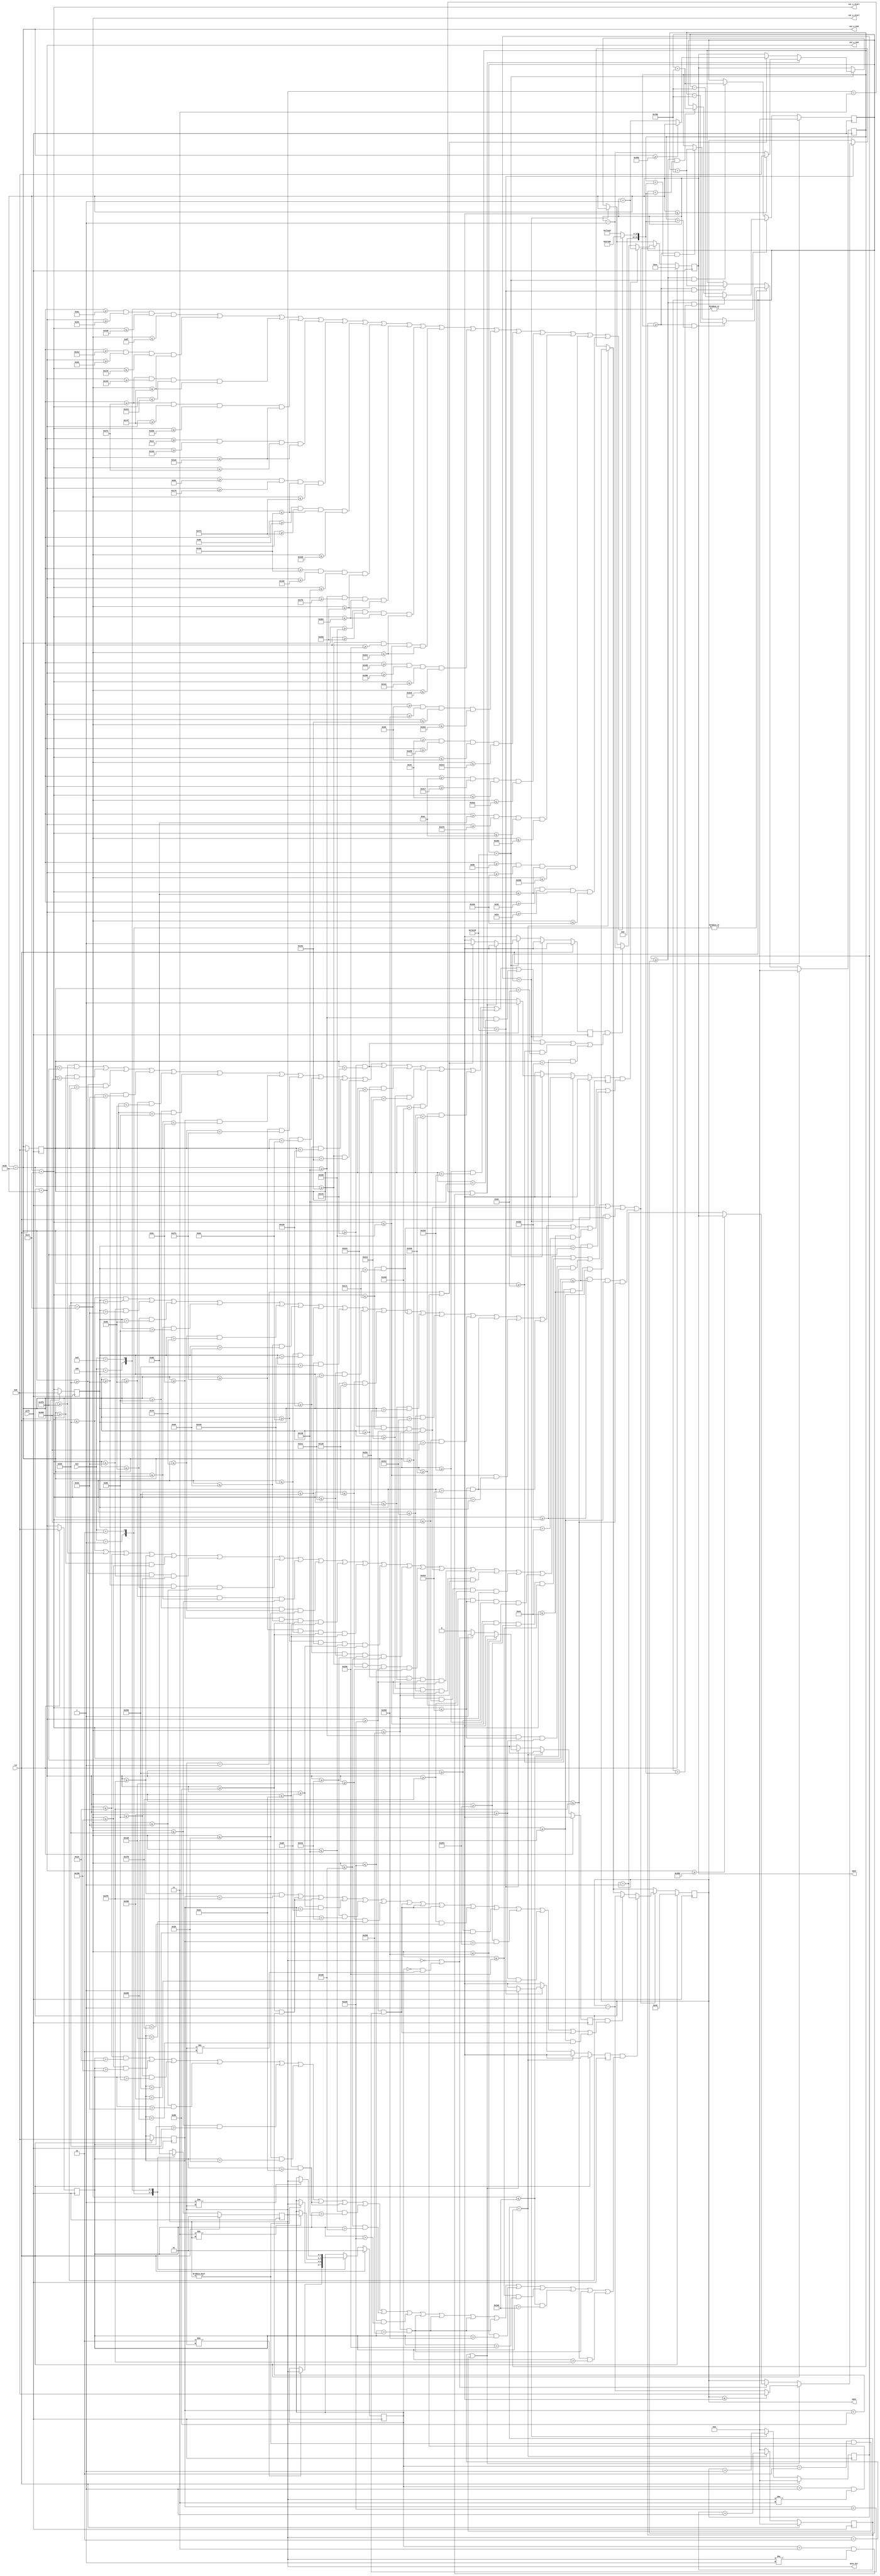
`timescale 1ns / 1ps

module car_ctl(
    input wire pclk,
    input wire rst,
    input wire [3:0] key,
    output reg [10:0] xpos,
    output reg [10:0] ypos,
    output reg [1:0] move_dir,
    output wire [10:0] car_x_start, 
    output wire [10:0] car_x_end,
    output wire [10:0] car_y_start, 
    output wire [10:0] car_y_end
);

localparam CAR_WIDTH = 64;
localparam CAR_LENGTH = 64;
localparam SCREEN_WIDTH = 1024;
localparam SCREEN_LENGTH = 768;
localparam TILE_SIZE = 16;

localparam KEY_UP = 4'b0001;
localparam KEY_DOWN = 4'b0010;
localparam KEY_LEFT = 4'b0100;
localparam KEY_RIGHT = 4'b1000;

localparam DIR_DOWN = 2'b00;
localparam DIR_RIGHT = 2'b01;
localparam DIR_LEFT = 2'b11;
localparam DIR_UP = 2'b10;

localparam DELAY_MIN = 160000;
localparam DELAY_STEP = 2000;
localparam DELAY_SLOWED = 490000;
localparam DELAY_MAX = 500000;


reg [23:0] delay_min = 160000;
reg [10:0] xpos_nxt = 236, ypos_nxt = 70;
reg [2:0] state, state_nxt;
reg [23:0] xtimer, xtimer_nxt, ytimer, ytimer_nxt;
reg [23:0] xdelay, xdelay_nxt, ydelay, ydelay_nxt;
reg [1:0] move_dir_nxt, move_dir_prev, move_dir_prev_nxt;
reg [10:0] car_x_start_prev, car_x_end_prev, car_y_start_prev, car_y_end_prev;
reg moving_down, moving_up, moving_left, moving_right;
reg moving_down_nxt, moving_up_nxt, moving_left_nxt, moving_right_nxt;

assign car_x_start = xpos + 20;
assign car_y_start = ypos + 20;
assign car_x_end = xpos + 43;
assign car_y_end = ypos + 43;

always @(posedge pclk)
if(rst)
begin
    xpos <= 236;
    ypos <= 70;
    xtimer <= 0;
    ytimer <= 0;
    move_dir <= DIR_RIGHT;
    move_dir_prev <= DIR_RIGHT;
    xdelay <= 0;
    ydelay <= 0;
    car_x_start_prev <= 0;
    car_x_end_prev <= 0;
    car_y_start_prev <= 0;
    car_y_end_prev <= 0;
    moving_right <= 0;
    moving_left <= 0;
    moving_down <= 0;
    moving_up <= 0;
end
else
begin
    xpos <= xpos_nxt;
    ypos <= ypos_nxt;
    xtimer <= xtimer_nxt;
    ytimer <= ytimer_nxt;
    move_dir <= move_dir_nxt;
    move_dir_prev <= move_dir_prev_nxt;
    xdelay <= xdelay_nxt;
    ydelay <= ydelay_nxt;
    car_x_start_prev <= car_x_start;
    car_x_end_prev <= car_x_end;
    car_y_start_prev <= car_y_start;
    car_y_start_prev <= car_y_end;
    moving_right <= moving_right_nxt;
    moving_left <= moving_left_nxt;
    moving_down <= moving_down_nxt;
    moving_up <= moving_up_nxt;
end

always @*
begin
    move_dir_nxt = move_dir;
    move_dir_prev_nxt = move_dir_prev;
    xpos_nxt = xpos;
    ypos_nxt = ypos;
    xdelay_nxt = xdelay;
    ydelay_nxt = ydelay;

    moving_left_nxt = 0;
    moving_right_nxt = 0;
    moving_down_nxt = 0;
    moving_up_nxt = 0;

    
    if(xtimer < xdelay) xtimer_nxt = xtimer + 1;
    else
    begin
        xtimer_nxt = 0;
        if(xdelay < DELAY_MAX)
        begin
            if ((move_dir == DIR_LEFT) || ((move_dir_prev == DIR_LEFT)  && (move_dir != DIR_RIGHT)))
            begin
                xpos_nxt = (xpos <= 0) ? 0 : (xpos - 1);
                moving_left_nxt = 1;
            end
            else if ((move_dir == DIR_RIGHT) || ((move_dir_prev == DIR_RIGHT) && move_dir != DIR_LEFT))
            begin
                xpos_nxt = (car_x_end >= SCREEN_WIDTH) ? xpos : (xpos + 1);
                moving_right_nxt = 1;
            end
        end
    end

    if(ytimer < ydelay) ytimer_nxt = ytimer + 1;
    else
    begin
        ytimer_nxt = 0;
        if(ydelay < DELAY_MAX)
        begin
            if ((move_dir == DIR_UP) || ((move_dir_prev == DIR_UP) && (move_dir != DIR_DOWN)))
            begin
                ypos_nxt = (ypos <= 0) ? 0 : ypos - 1;
                moving_up_nxt = 1;
            end
            else if ((move_dir == DIR_DOWN) || ((move_dir_prev == DIR_DOWN) && (move_dir != DIR_UP)))
            begin
                ypos_nxt = (car_y_end >= SCREEN_LENGTH) ? xpos : ypos + 1;
                moving_down_nxt = 1;
            end
        end
    end

    if( (car_x_end >= 110  && car_y_end >= 70  && car_x_start <= 825 && car_y_start <= 143) || //track coords
        (car_x_end >= 786  && car_y_end >= 85  && car_x_start <= 880 && car_y_start <= 335) ||
        (car_x_end >= 625  && car_y_end >= 260 && car_x_start <= 788 && car_y_start <= 335) ||
        (car_x_end >= 625  && car_y_end >= 335 && car_x_start <= 702 && car_y_start <= 430) ||
        (car_x_end >= 206  && car_y_end >= 356 && car_x_start <= 625 && car_y_start <= 430) ||
        (car_x_end >= 182  && car_y_end >= 372 && car_x_start <= 270 && car_y_start <= 500) ||
        (car_x_end >= 208  && car_y_end >= 500 && car_x_start <= 270 && car_y_start <= 555) ||
        (car_x_end >= 270  && car_y_end >= 478 && car_x_start <= 304 && car_y_start <= 594) ||
        (car_x_end >= 304  && car_y_end >= 506 && car_x_start <= 948 && car_y_start <= 594) ||
        (car_x_end >= 824  && car_y_end >= 594 && car_x_start <= 948 && car_y_start <= 750) ||
        (car_x_end >= 268  && car_y_end >= 666 && car_x_start <= 824 && car_y_start <= 750) ||
        (car_x_end >= 262  && car_y_end >= 640 && car_x_start <= 300 && car_y_start <= 675) ||
        (car_x_end >= 235  && car_y_end >= 608 && car_x_start <= 268 && car_y_start <= 746) ||
        (car_x_end >= 200  && car_y_end >= 568 && car_x_start <= 235 && car_y_start <= 707) ||
        (car_x_end >= 172  && car_y_end >= 535 && car_x_start <= 200 && car_y_start <= 674) ||
        (car_x_end >= 141  && car_y_end >= 502 && car_x_start <= 172 && car_y_start <= 642) ||
        (car_x_end >= 86   && car_y_end >= 560 && car_x_start <= 141 && car_y_start <= 614) ||
        (car_x_end >= 56   && car_y_end >= 84  && car_x_start <= 141 && car_y_start <= 560)
    )  delay_min = DELAY_MIN;
    else delay_min = DELAY_SLOWED;

    if( (car_x_start <= (TILE_SIZE * 3)) || (car_x_end >= (SCREEN_WIDTH - TILE_SIZE)) || (car_y_start <= TILE_SIZE) || //objects you can't go through
        (car_y_end >= (SCREEN_LENGTH - TILE_SIZE)) || (car_x_end >= 912 && car_y_start <= 400)                      || 
        (car_x_end >= 48 && car_x_start <= 64 && car_y_start <= 96)                                                 || 
        (car_x_end >= 64 && car_x_start <= 80 && car_y_start <= 64)                                                 || 
        (car_x_end >= 80 && car_x_start <= 96 && car_y_start <= 48)                                                 || 
        (car_x_end >= 96 && car_x_start <= 112 && car_y_start <= 32)                                                || 
        (car_x_end >= 140  && car_x_start <= 168 && car_y_end >= 136 && car_y_start <= 164)                         ||
        (car_x_end >= 764  && car_x_start <= 792 && car_y_end >= 136 && car_y_start <= 164)                         ||
        (car_x_end >= 176  && car_x_start <= 592 && car_y_end >= 160 && car_y_start <= 304)                         ||
        (car_x_end >= 480  && car_x_start <= 540 && car_y_end >= 332 && car_y_start <= 352)                         ||
        (car_x_end >= 268  && car_x_start <= 294 && car_y_end >= 424 && car_y_start <= 488)                         ||
        (car_x_end >= 324  && car_x_start <= 380 && car_y_end >= 488 && car_y_start <= 512)                         ||
        (car_x_end >= 548  && car_x_start <= 604 && car_y_end >= 488 && car_y_start <= 512)                         ||
        (car_x_end >= 740  && car_x_start <= 796 && car_y_end >= 488 && car_y_start <= 512)                         ||
        (car_x_end >= 832  && car_x_start <= 912 && car_y_end >= 496 && car_y_start <= 512)                         ||
        (car_x_end >= 336  && car_x_start <= 784 && car_y_end >= 592 && car_y_start <= 608)                         ||
        (car_x_end >= 800  && car_x_start <= 824 && car_y_end >= 596 && car_y_start <= 666)                         ||
        (car_x_end >= 304  && car_x_start <= 784 && car_y_end >= 656 && car_y_start <= 672)                         ||
        (car_x_end >= 324  && car_x_start <= 380 && car_y_end >= 488 && car_y_start <= 512)                         ||
        (car_x_end >= 50   && car_x_start <= 234 && car_y_end >= 720 && car_y_start <= 752)                         ||
        (car_x_end >= 946  && car_x_start <= 1008 && car_y_end >= 720 && car_y_start <= 752) ) 
    begin
        if(moving_left && (((car_x_start <= (TILE_SIZE * 3)) && (car_x_start_prev > (TILE_SIZE * 3))) || 
            ((car_x_start <= 64)   && (car_x_start_prev > 64))  ||
            ((car_x_start <= 80)   && (car_x_start_prev > 80))  ||
            ((car_x_start <= 96)   && (car_x_start_prev > 96))  ||
            ((car_x_start <= 112)  && (car_x_start_prev > 112)) ||
            ((car_x_start <= 168)  && (car_x_start_prev > 168)) || 
            ((car_x_start <= 792)  && (car_x_start_prev > 792)) ||
            ((car_x_start <= 592)  && (car_x_start_prev > 592)) ||
            ((car_x_start <= 540)  && (car_x_start_prev > 540)) ||
            ((car_x_start <= 294)  && (car_x_start_prev > 294)) ||
            ((car_x_start <= 380)  && (car_x_start_prev > 380)) ||
            ((car_x_start <= 604)  && (car_x_start_prev > 604)) ||
            ((car_x_start <= 796)  && (car_x_start_prev > 796)) ||
            ((car_x_start <= 912)  && (car_x_start_prev > 912)) ||
            ((car_x_start <= 784)  && (car_x_start_prev > 784)) ||
            ((car_x_start <= 824)  && (car_x_start_prev > 824)) ||
            ((car_x_start <= 784)  && (car_x_start_prev > 784)) ||
            ((car_x_start <= 380)  && (car_x_start_prev > 380)) ||
            ((car_x_start <= 234)  && (car_x_start_prev > 234)) ||
            ((car_x_start <= 1008) && (car_x_start_prev > 1008))
        )) xpos_nxt = xpos + 1;
        else if(moving_right && (
            ((car_x_end >= (SCREEN_WIDTH - TILE_SIZE)) && (car_x_end_prev < (SCREEN_WIDTH - TILE_SIZE))) || 
            ((car_x_end >= 912) && (car_x_end_prev < 912)) ||
            ((car_x_end >= 48 ) && (car_x_end_prev < 48 )) ||
            ((car_x_end >= 64 ) && (car_x_end_prev < 64 )) ||
            ((car_x_end >= 80 ) && (car_x_end_prev < 80 )) ||
            ((car_x_end >= 96 ) && (car_x_end_prev < 96 )) ||
            ((car_x_end >= 140) && (car_x_end_prev < 140)) ||
            ((car_x_end >= 764) && (car_x_end_prev < 764)) ||
            ((car_x_end >= 176) && (car_x_end_prev < 176)) ||
            ((car_x_end >= 480) && (car_x_end_prev < 480)) ||
            ((car_x_end >= 268) && (car_x_end_prev < 268)) ||
            ((car_x_end >= 324) && (car_x_end_prev < 324)) ||
            ((car_x_end >= 548) && (car_x_end_prev < 548)) ||
            ((car_x_end >= 740) && (car_x_end_prev < 740)) ||
            ((car_x_end >= 832) && (car_x_end_prev < 832)) ||
            ((car_x_end >= 336) && (car_x_end_prev < 336)) ||
            ((car_x_end >= 800) && (car_x_end_prev < 800)) ||
            ((car_x_end >= 304) && (car_x_end_prev < 304)) ||
            ((car_x_end >= 324) && (car_x_end_prev < 324)) ||
            ((car_x_end >= 50 ) && (car_x_end_prev < 50 )) ||
            ((car_x_end >= 946) && (car_x_end_prev < 946))
        )) xpos_nxt = xpos - 1;
        if (moving_up && ( 
            ((car_y_start <= TILE_SIZE) && (car_y_start_prev > TILE_SIZE)) ||
            ((car_y_start <= 400) && (car_y_start_prev > 400))       || 
            ((car_y_start <= 96)  && (car_y_start_prev > 96) )       ||
            ((car_y_start <= 64)  && (car_y_start_prev > 64) )       ||
            ((car_y_start <= 48)  && (car_y_start_prev > 48) )       ||
            ((car_y_start <= 32)  && (car_y_start_prev > 32) )       ||
            ((car_y_start <= 164) && (car_y_start_prev > 164))       ||
            ((car_y_start <= 164) && (car_y_start_prev > 164))       ||
            ((car_y_start <= 304) && (car_y_start_prev > 304))       ||
            ((car_y_start <= 352) && (car_y_start_prev > 352))       ||
            ((car_y_start <= 488) && (car_y_start_prev > 488))       ||
            ((car_y_start <= 512) && (car_y_start_prev > 512))       ||
            ((car_y_start <= 512) && (car_y_start_prev > 512))       ||
            ((car_y_start <= 512) && (car_y_start_prev > 512))       ||
            ((car_y_start <= 512) && (car_y_start_prev > 512))       ||
            ((car_y_start <= 608) && (car_y_start_prev > 608))       ||
            ((car_y_start <= 666) && (car_y_start_prev > 666))       ||
            ((car_y_start <= 672) && (car_y_start_prev > 672))       ||
            ((car_y_start <= 512) && (car_y_start_prev > 512))       ||
            ((car_y_start <= 752) && (car_y_start_prev > 752))
        )) ypos_nxt = ypos + 1;
        else if(moving_down && (
            ((car_y_end >= (SCREEN_LENGTH - TILE_SIZE)) && (car_y_end_prev < (SCREEN_LENGTH - TILE_SIZE))) ||
            ((car_y_end >= 136) && (car_y_end_prev < 136)) ||
            ((car_y_end >= 136) && (car_y_end_prev < 136)) ||
            ((car_y_end >= 160) && (car_y_end_prev < 160)) ||
            ((car_y_end >= 332) && (car_y_end_prev < 332)) ||
            ((car_y_end >= 424) && (car_y_end_prev < 424)) ||
            ((car_y_end >= 488) && (car_y_end_prev < 488)) ||
            ((car_y_end >= 488) && (car_y_end_prev < 488)) ||
            ((car_y_end >= 488) && (car_y_end_prev < 488)) ||
            ((car_y_end >= 496) && (car_y_end_prev < 496)) ||
            ((car_y_end >= 592) && (car_y_end_prev < 592)) ||
            ((car_y_end >= 596) && (car_y_end_prev < 596)) ||
            ((car_y_end >= 656) && (car_y_end_prev < 656)) ||
            ((car_y_end >= 488) && (car_y_end_prev < 488)) ||
            ((car_y_end >= 720) && (car_y_end_prev < 720))
        )) ypos_nxt = ypos - 1;
    end

    case (key)
        KEY_UP:
        begin
            move_dir_nxt = DIR_UP;
            if(move_dir_nxt != move_dir) move_dir_prev_nxt = move_dir;
            if((ytimer >= ydelay) && (ydelay > delay_min)) ydelay_nxt = ydelay - DELAY_STEP;
            else if((ytimer >= ydelay) && (ydelay < delay_min)) ydelay_nxt = ydelay + DELAY_STEP;
            if((xtimer >= xdelay) && (xdelay < DELAY_MAX)) xdelay_nxt = xdelay + DELAY_STEP;
        end
        KEY_DOWN:
        begin
            move_dir_nxt = DIR_DOWN;
            if(move_dir_nxt != move_dir) move_dir_prev_nxt = move_dir;
            if((ytimer >= ydelay) && (ydelay > delay_min)) ydelay_nxt = ydelay - DELAY_STEP;
            else if((ytimer >= ydelay) && (ydelay < delay_min)) ydelay_nxt = ydelay + DELAY_STEP;
            if((xtimer >= xdelay) && (xdelay < DELAY_MAX)) xdelay_nxt = xdelay + DELAY_STEP;
        end
        KEY_LEFT:
        begin
            move_dir_nxt = DIR_LEFT;
            if(move_dir_nxt != move_dir) move_dir_prev_nxt = move_dir;
            if((xtimer >= xdelay) && (xdelay > delay_min)) xdelay_nxt = xdelay - DELAY_STEP;
            else if((xtimer >= xdelay) && (xdelay < delay_min)) xdelay_nxt = xdelay + DELAY_STEP;
            if((ytimer >= ydelay) && (ydelay < DELAY_MAX)) ydelay_nxt = ydelay + DELAY_STEP;
        end
        KEY_RIGHT:
        begin
            move_dir_nxt = DIR_RIGHT;
            if(move_dir_nxt != move_dir) move_dir_prev_nxt = move_dir;
            if((xtimer >= xdelay) && (xdelay > delay_min)) xdelay_nxt = xdelay - DELAY_STEP;
            else if((xtimer >= xdelay) && (xdelay < delay_min)) xdelay_nxt = xdelay + DELAY_STEP;
            if((ytimer >= ydelay) && (ydelay < DELAY_MAX)) ydelay_nxt = ydelay + DELAY_STEP;
        end
        default:
        begin
            move_dir_prev_nxt = move_dir_prev;
            move_dir_nxt = move_dir;
            if((xtimer >= xdelay) && (xdelay < DELAY_MAX)) xdelay_nxt = xdelay + DELAY_STEP;
            if((ytimer >= ydelay) && (ydelay < DELAY_MAX)) ydelay_nxt = ydelay + DELAY_STEP;
        end
    endcase
end

endmodule